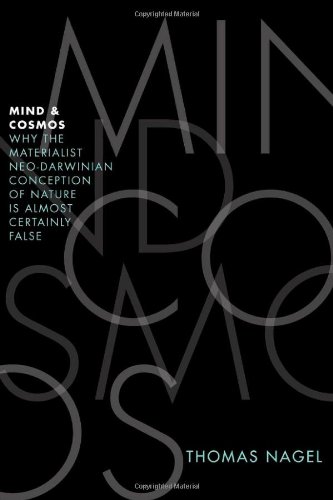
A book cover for Mind and Cosmos: Why the Materialist Neo-Darwinian Conception of Nature Is Almost Certainly False; Thomas Nagel; Science & Math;